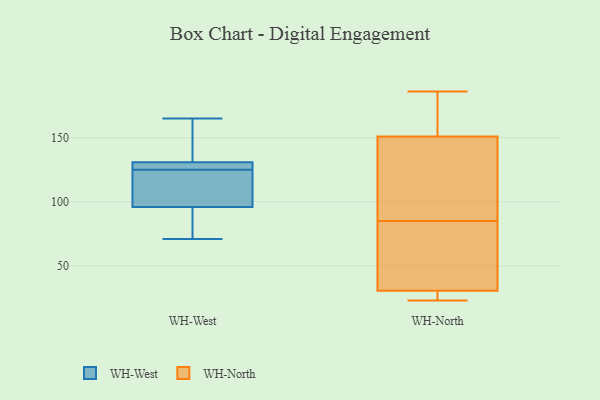
{"axis": {"x": "Net Income (USD K)", "y": "Value"}, "legend": ["WH-North", "WH-West"], "data": [{"x": "", "y": 99, "type": "WH-West"}, {"x": "", "y": 165, "type": "WH-West"}, {"x": "", "y": 71, "type": "WH-West"}, {"x": "", "y": 132, "type": "WH-West"}, {"x": "", "y": 140, "type": "WH-West"}, {"x": "", "y": 101, "type": "WH-West"}, {"x": "", "y": 95, "type": "WH-West"}, {"x": "", "y": 127, "type": "WH-West"}, {"x": "", "y": 125, "type": "WH-West"}, {"x": "", "y": 126, "type": "WH-West"}, {"x": "", "y": 90, "type": "WH-West"}, {"x": "", "y": 25, "type": "WH-North"}, {"x": "", "y": 145, "type": "WH-North"}, {"x": "", "y": 131, "type": "WH-North"}, {"x": "", "y": 157, "type": "WH-North"}, {"x": "", "y": 157, "type": "WH-North"}, {"x": "", "y": 23, "type": "WH-North"}, {"x": "", "y": 70, "type": "WH-North"}, {"x": "", "y": 45, "type": "WH-North"}, {"x": "", "y": 30, "type": "WH-North"}, {"x": "", "y": 100, "type": "WH-North"}, {"x": "", "y": 31, "type": "WH-North"}, {"x": "", "y": 186, "type": "WH-North"}]}